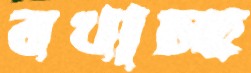
বখাচ্ছ